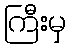
ကြီးမှ